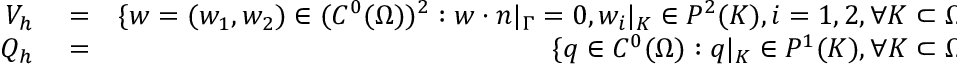
\begin{array} { r l r } { V _ { h } } & { { } = } & { \{ w = ( w _ { 1 } , w _ { 2 } ) \in ( C ^ { 0 } ( \Omega ) ) ^ { 2 } : w \cdot n | _ { \Gamma } = 0 , w _ { i } | _ { K } \in P ^ { 2 } ( K ) , i = 1 , 2 , \forall K \subset \Omega _ { h } \} , } \\ { Q _ { h } } & { { } = } & { \{ q \in C ^ { 0 } ( \Omega ) : q | _ { K } \in P ^ { 1 } ( K ) , \forall K \subset \Omega _ { h } \} , } \end{array}